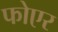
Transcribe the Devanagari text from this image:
फोएर